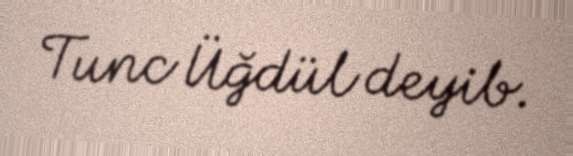
Tunc Üğdül deyib.